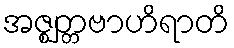
အဇ္ဈတ္တဗာဟိရာတိ